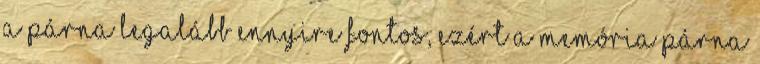
A párna legalább ennyire fontos, ezért a memória párna